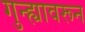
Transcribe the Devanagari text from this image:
गुन्ह्यावरून